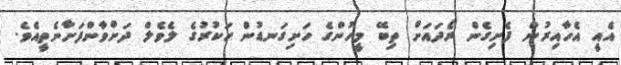
އެއީ އެހާއިރުން ފެށިގެން ރޯދައަށް ތިބޭ މީހުންގެ ހަށިގަނޑުން ހަކުރުގެ ލެވެލް ދަށްވާންފަށާނެތީއެވެ.